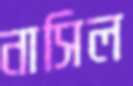
নাসিল